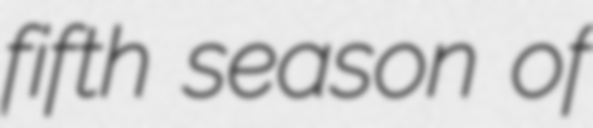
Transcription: fifth season of